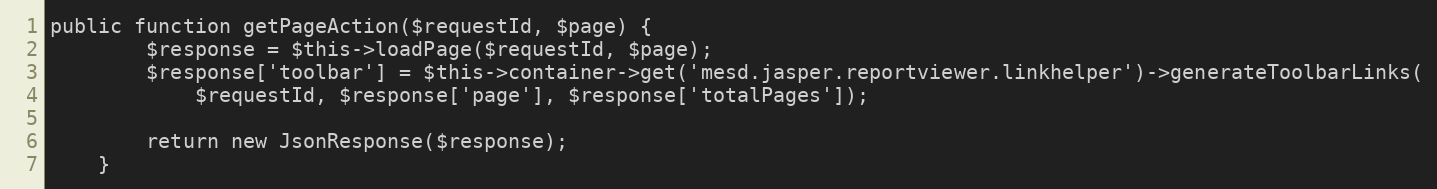
Language: PHP
public function getPageAction($requestId, $page) {
        $response = $this->loadPage($requestId, $page);
        $response['toolbar'] = $this->container->get('mesd.jasper.reportviewer.linkhelper')->generateToolbarLinks(
            $requestId, $response['page'], $response['totalPages']);

        return new JsonResponse($response);
    }